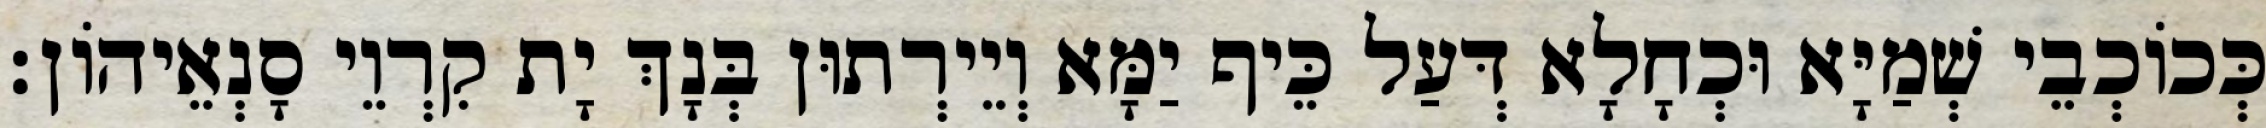
כְּכוֹכְבֵי שְׁמַיָּא וּכְחָלָא דְּעַל כֵּיף יַמָּא וְיֵירְתוּן בְּנָךְ יָת קִרְוֵי סָנְאֵיהוֹן׃